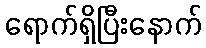
ရောက်ရှိပြီးနောက်